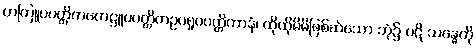
တတြူပပတ္တိကဟေဋ္ဌူပပတ္တိကဥပရူပပတ္တိကာနံ၊ ထိုထိုမိမိဖြစ်ဆဲသော ဘုံ၌ ပဋိ သန္ဓေကို